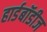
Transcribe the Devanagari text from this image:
हार्डबॉडीज